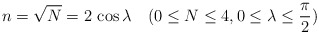
\begin{align*}n = \sqrt{N} = 2\,\cos\lambda \quad(0\le N\le 4, 0 \le \lambda \le \frac{\pi}{2})\end{align*}